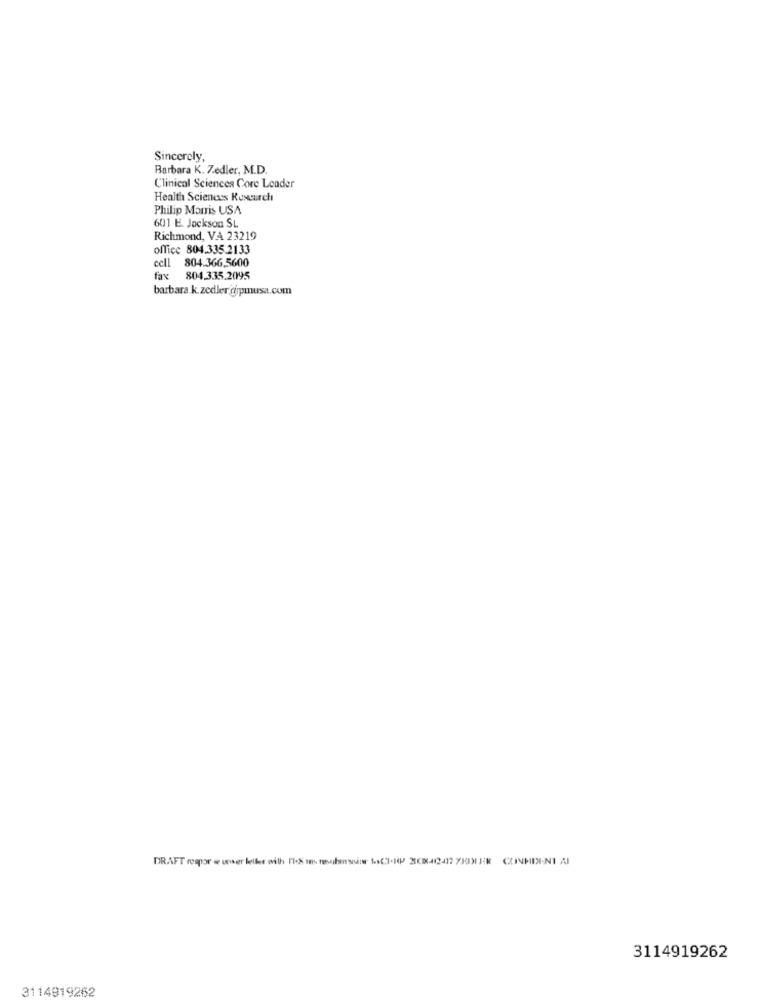
Sincerely,
Barbara K. Z.edler, M.D.
Clinical Sciences Core Leader
Health Sciences Kosturch
Philip Morris USA
601 E. Jackson SL
Richmond, VA 23219
office 804.335.2133
cell 804.366,5600
fax 804.335.2095
barbara k.zedler.gpmusa.com
DRAFT rapor w ucwer leller with 1'leS in resadansin byCI-RP XXXIX-412412 7HDI RE CZINHII-NI AI
3114919262
3114919262